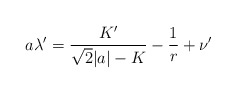
\begin{align*}a\lambda'=\frac{K'}{\sqrt{2}|a|-K}-\frac{1}{r}+\nu'\end{align*}